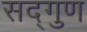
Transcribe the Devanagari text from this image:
सद्‌गुण